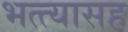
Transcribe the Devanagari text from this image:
भत्त्यासह